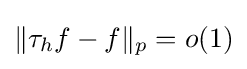
\|\tau _{h}f-f\|_{p}=o(1)